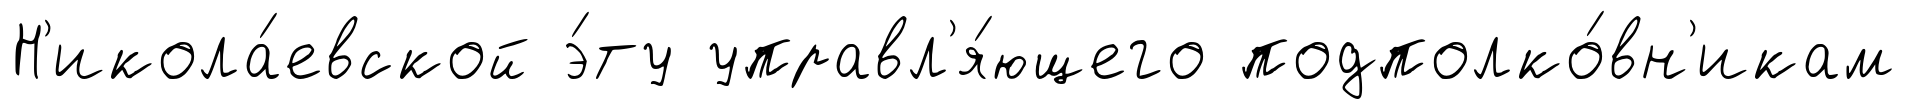
Н'икола́евской э́ту управл'я́ющего подполко́вн'икам